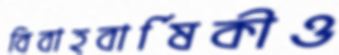
বিবাহবার্ষিকীও